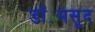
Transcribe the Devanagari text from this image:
डॉ॰मसूद